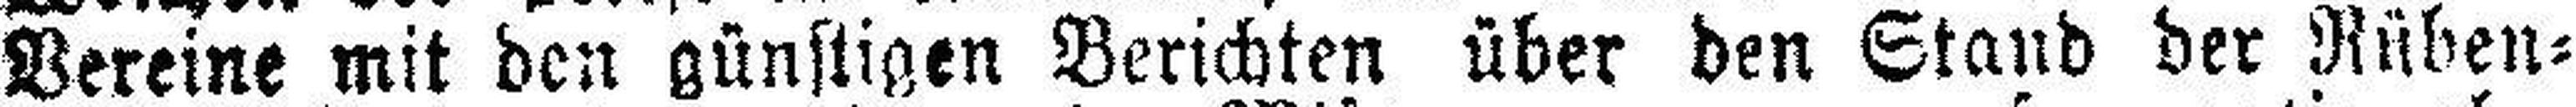
Vereine mit den günstigen Berichten über den Stand der Rüben¬